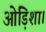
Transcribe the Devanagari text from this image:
ओड़िशा।